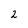
Character: 2